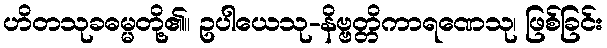
ဟိတသုခဓမ္မတို့၏။ ဥပါယေသု-နိဗ္ဗတ္တိကာရဏေသု၊ ဖြစ်ခြင်း